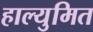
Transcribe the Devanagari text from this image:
हाल्युमित